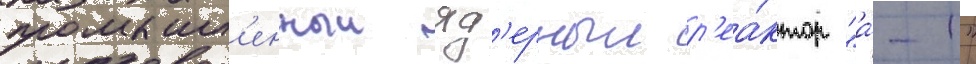
промышл'енныи яд'ерныи р'еа́ктор "а́-1"